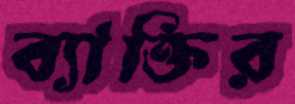
ব্যাক্তির